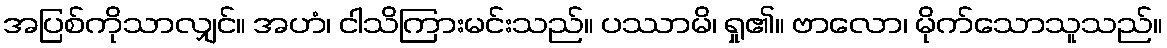
အပြစ်ကိုသာလျှင်။ အဟံ၊ ငါသိကြားမင်းသည်။ ပဿာမိ၊ ရှု၏။ ဗာလော၊ မိုက်သောသူသည်။